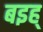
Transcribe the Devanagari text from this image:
बइह्‌